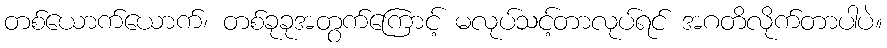
တစ်ယောက်ယောက်၊ တစ်ခုခုအတွက်ကြောင့် မလုပ်သင့်တာလုပ်ရင် အဂတိလိုက်တာပါပဲ။